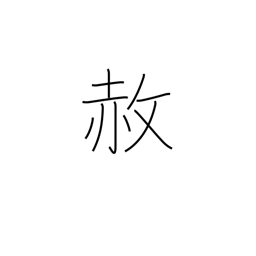
Meaning: pardon